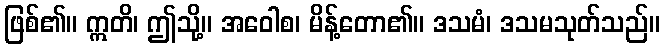
ဖြစ်၏။ ဣတိ၊ ဤသို့။ အဝေါစ၊ မိန့်တော၏။ ဒသမံ၊ ဒသမသုတ်သည်။